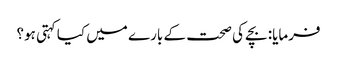
فرمایا: بچے کی صحت کے بارے میں کیا کہتی ہو؟